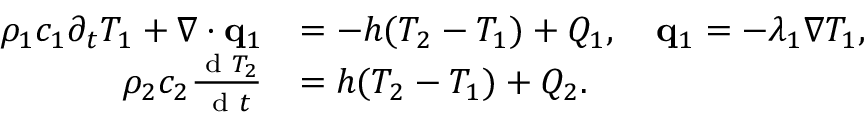
\begin{array} { r l } { \rho _ { 1 } c _ { 1 } \partial _ { t } T _ { 1 } + \nabla \cdot \mathbf q _ { 1 } } & { = - h ( T _ { 2 } - T _ { 1 } ) + Q _ { 1 } , \quad \mathbf q _ { 1 } = - \lambda _ { 1 } \nabla T _ { 1 } , } \\ { \rho _ { 2 } c _ { 2 } \frac { \textrm { d } T _ { 2 } } { \textrm { d } t } } & { = h ( T _ { 2 } - T _ { 1 } ) + Q _ { 2 } . } \end{array}